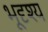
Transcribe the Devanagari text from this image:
भूदृश्‍य